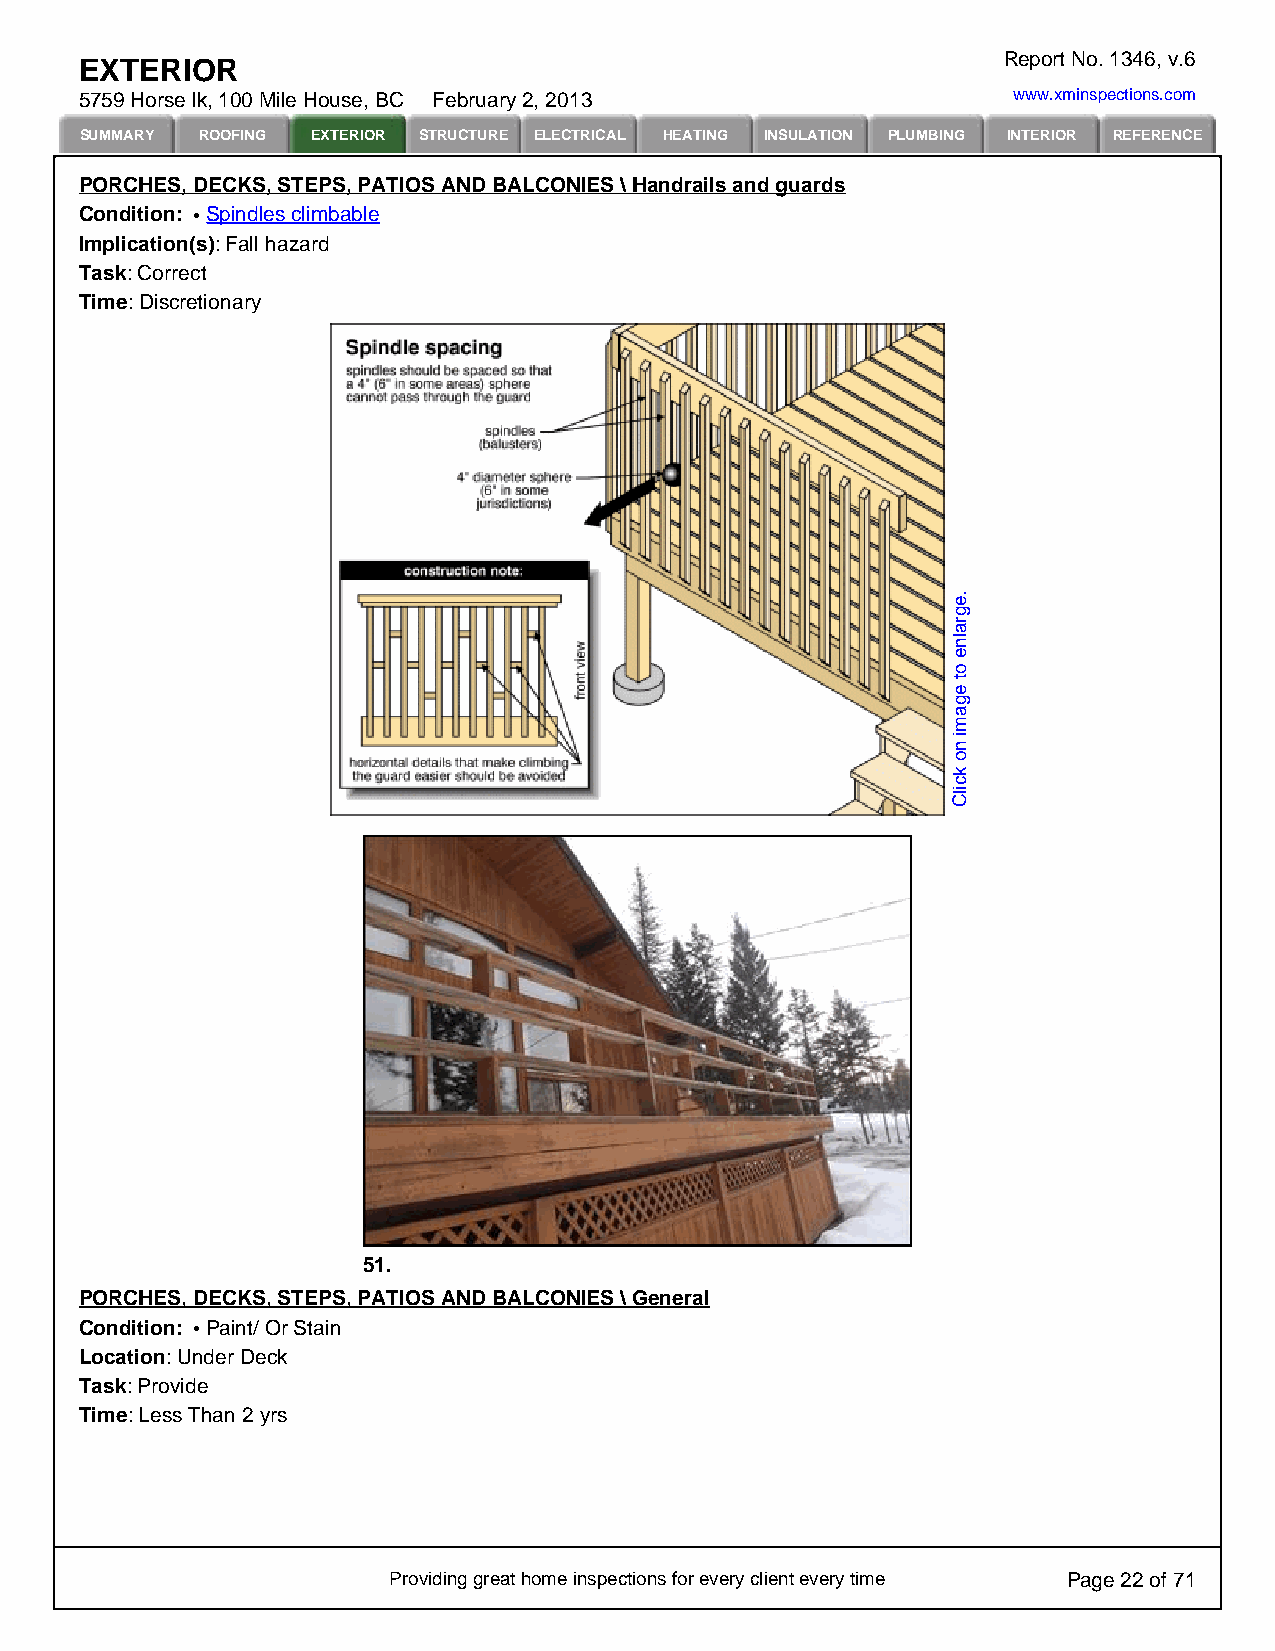
Report No. 1346, v.6
 EXTERIOR
 5759 Horse lk, 100 Mile House, BC February 2, 2013            www.xminspections.com
 SUMMARY ROOFING EXTERIOR STRUCTURE ELECTRICAL HEATING INSULATION PLUMBING INTERIOR REFERENCE
 PORCHES, DECKS, STEPS, PATIOS AND BALCONIES \ Handrails and guards
 Condition: Spindles climbable
 Implication(s): Fall hazard
 Task: Correct
 Time: Discretionary
 51.
 PORCHES, DECKS, STEPS, PATIOS AND BALCONIES \ General
 Condition: Paint/ Or Stain
 Location: Under Deck
 Task: Provide
 Time: Less Than 2 yrs
 Providing great home inspections for every client every time Page 22 of 71
 .egralne
 ot
 egami
 no
 kcilC